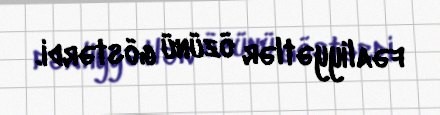
fəaliyyətlər özünü göstərdi.